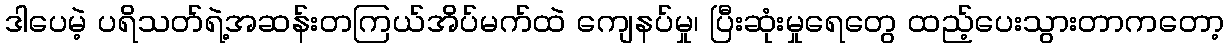
ဒါပေမဲ့ ပရိသတ်ရဲ့အဆန်းတကြယ်အိပ်မက်ထဲ ကျေနပ်မှု၊ ပြီးဆုံးမှုရေတွေ ထည့်ပေးသွားတာကတော့